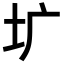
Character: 圹